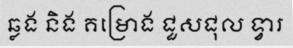
ឆ្លង និង គម្រោង ជួសជុល ទ្វារ